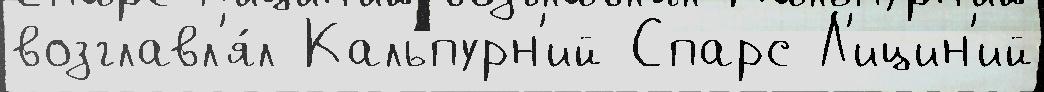
возглавл'я́л Кальпурн'ий Спарс Л'ицин'ий